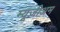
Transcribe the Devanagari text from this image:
म्यूज़ीअम